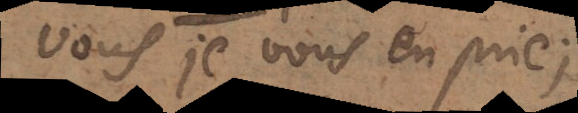
vous, je vous en prie;